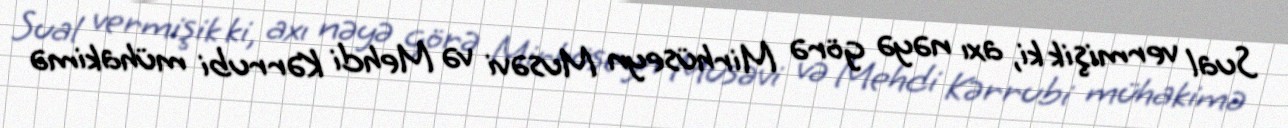
Sual vermişik ki, axı nəyə görə Mirhüseyn Musəvi və Mehdi Kərrubi mühakimə